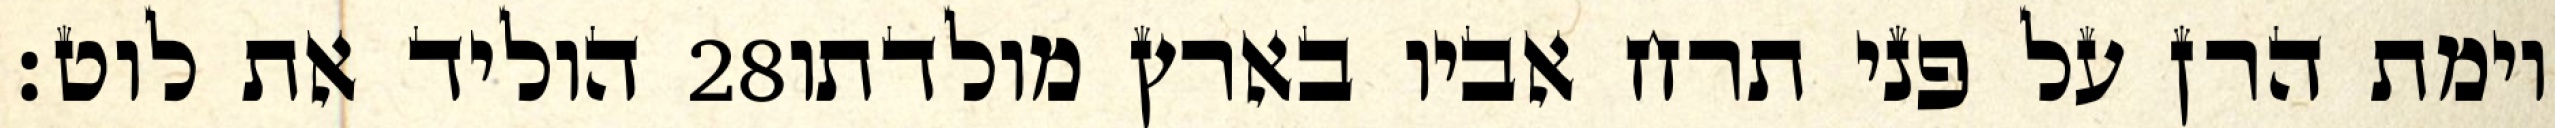
הוליד את לוט׃ ‎28‏ וימת הרן על פני תרח אביו בארץ מולדתו